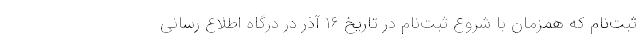
ثبت‌نام که همزمان با شروع ثبت‌نام در تاریخ ۱۶ آذر در درگاه اطلاع رسانی